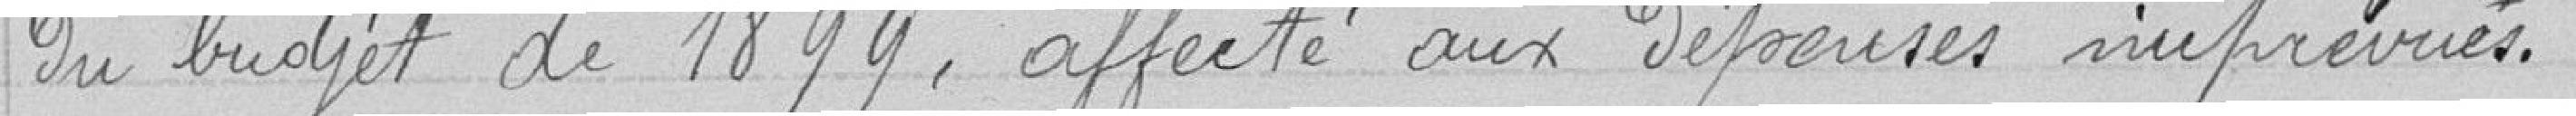
du budget de 1899, affecté aux dépenses imprévues.